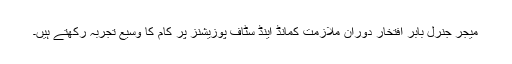
میجر جنرل بابر افتخار دوران ملازمت کمانڈ اینڈ سٹاف پوزیشنز پر کام کا وسیع تجربہ رکھتے ہیں۔